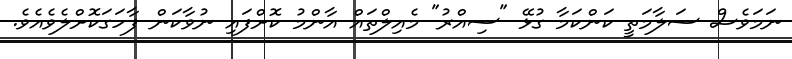
ނަމަވެސް ސަލާމަތީ ކަންކަމާ ގުޅޭ "ސިއްރު" މެއިލްތައް އާންމު ކޮށްފައި ނުވާކަން ފާހަގަކޮށްލެވެއެވެ.